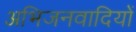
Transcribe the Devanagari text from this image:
अभिजनवादियों